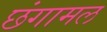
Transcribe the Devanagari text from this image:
छंगामल